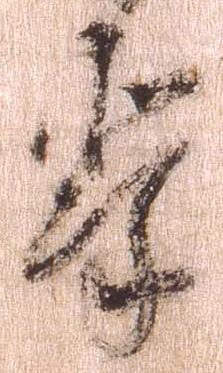
輩